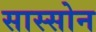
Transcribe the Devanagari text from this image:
सास्सोन